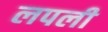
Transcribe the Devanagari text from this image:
लपली